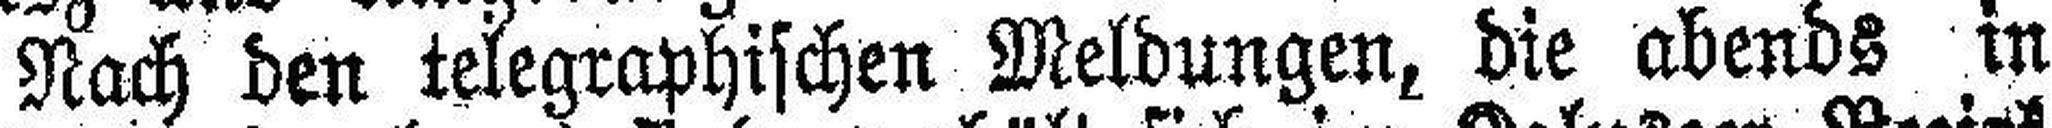
Nach den telegraphischen Meldungen, die abends in